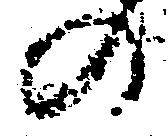
の